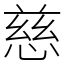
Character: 慈